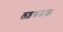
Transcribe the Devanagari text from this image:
लड़खडाता